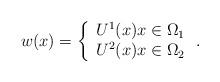
LaTeX: \begin{align*} w(x)=\left\{ \begin{array}{c} U^1(x) x \in \Omega_1\\ U^2(x) x \in \Omega_2 \end{array} \right. .\end{align*}